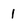
Character: 1